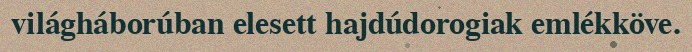
világháborúban elesett hajdúdorogiak emlékköve.